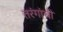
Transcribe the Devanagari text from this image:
तरंगांची